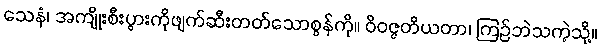
သေနံ၊ အကျိုးစီးပွားကိုဖျက်ဆီးတတ်သောစွန်ကို။ ဝိဝဇ္ဇတိယတာ၊ ကြဉ်ဘဲသကဲ့သို့။